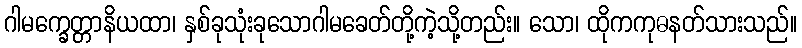
ဂါမက္ခေတ္တာနိယထာ၊ နှစ်ခုသုံးခုသောဂါမခေတ်တို့ကဲ့သို့တည်း။ သော၊ ထိုကကုဓနတ်သားသည်။